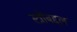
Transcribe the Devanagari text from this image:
स्त्रीबद्दल